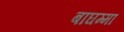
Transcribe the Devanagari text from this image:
बाघम्मा